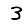
Digit: 3